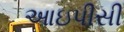
આઇપીસી